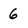
Character: 6